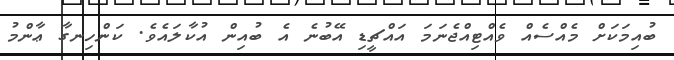
ބުއިމަކަށް މެއްސެއް ވެއްޓިއްޖެނަމަ އައްޗީޑި އޭބުނެ އެ ބުއިން އުކާލައެވެ. ކަންހިނގާ ޢާންމު